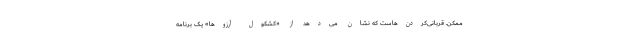
ممکن. قربانی‌کردن‌هاست که نشان می‌دهد از «کشکول آرزوها» یک برنامه